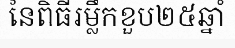
នៃពិធីរម្លឹកខួប២៥ឆ្នាំ